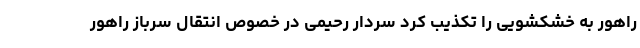
راهور به خشکشویی را تکذیب کرد سردار رحیمی در خصوص انتقال سرباز راهور